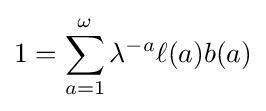
1=\sum _{a=1}^{\omega }\lambda ^{-a}\ell (a)b(a)